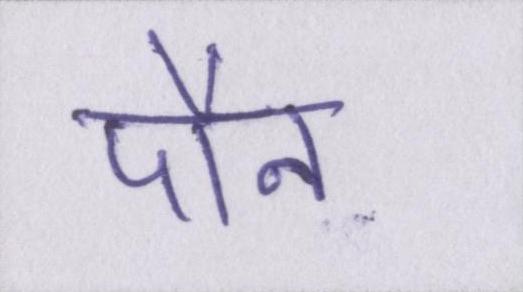
पौन